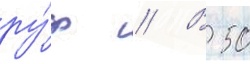
ру́ф // В 50